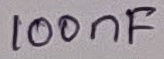
Text: 100nF